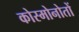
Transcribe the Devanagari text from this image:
कोस्मोनोतों